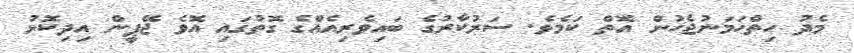
މެދު ހިތްހަމަނުޖެހުން އޮތް ކަމެވެ. ސަރުކާރުގެ ބައިވެރިއެއްގެ ގޮތުގައި އޮވެ ޖޭޕީން އިދިކޮޅު